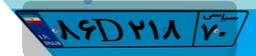
۴۸D۶۷۸۶۸